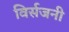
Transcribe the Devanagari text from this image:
विर्सजनी